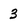
Character: 3